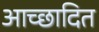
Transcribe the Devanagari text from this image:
आच्‍छादित